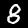
Digit: 8